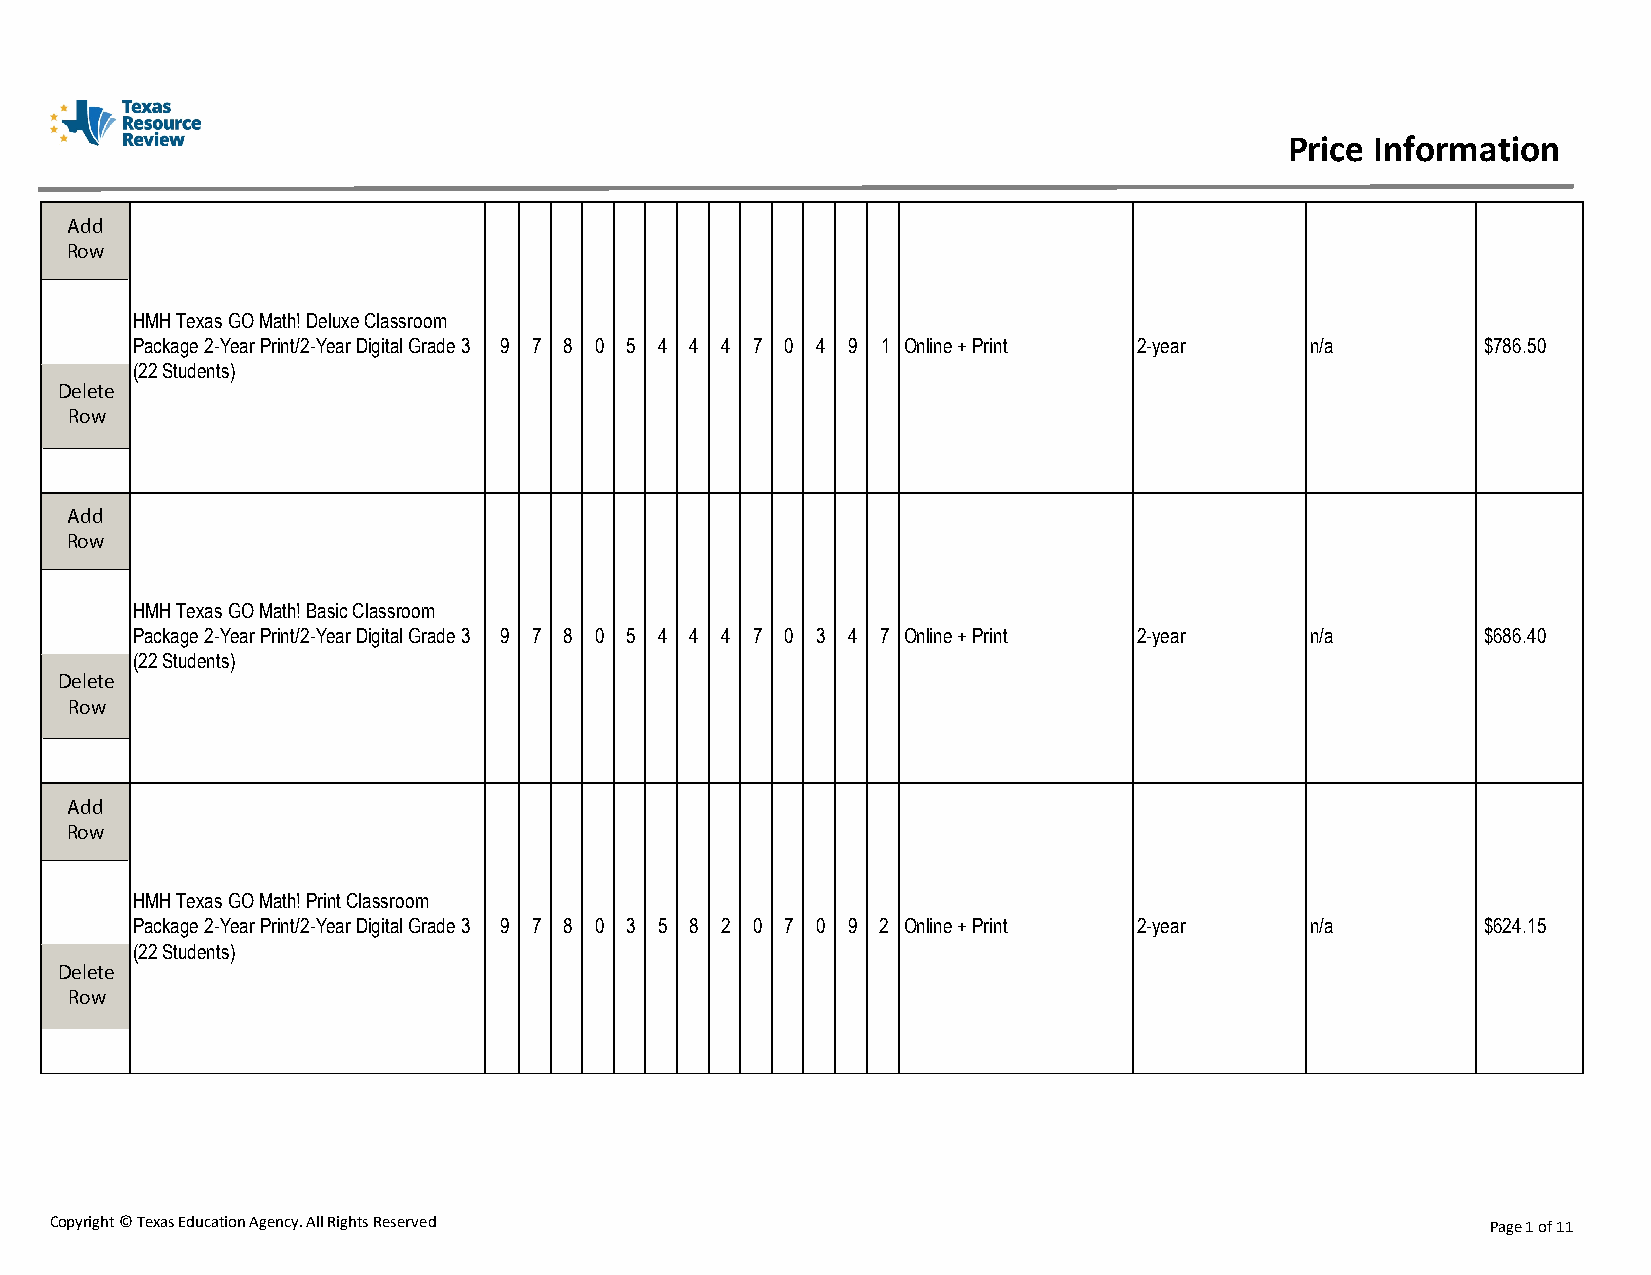
Price Information
 Add
 Row
 HMH Texas GO Math! Deluxe Classroom
 Package 2-Year Print/2-Year Digital Grade 3 9 7 8 0 5 4 4 4 7 0 4 9 1 Online + Print 2-year n/a $786.50
 (22 Students)
 Delete
 Row
 Add
 Row
 HMH Texas GO Math! Basic Classroom
 Package 2-Year Print/2-Year Digital Grade 3 9 7 8 0 5 4 4 4 7 0 3 4 7 Online + Print 2-year n/a $686.40
 (22 Students)
 Delete
 Row
 Add
 Row
 HMH Texas GO Math! Print Classroom
 Package 2-Year Print/2-Year Digital Grade 3 9 7 8 0 3 5 8 2 0 7 0 9 2 Online + Print 2-year n/a $624.15
 (22 Students)
 Delete
 Row
 Copyright © Texas Education Agency. All Rights Reserved                                         Page 1 of 11